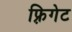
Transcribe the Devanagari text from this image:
फ़्रिगेट